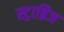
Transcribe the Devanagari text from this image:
स्ट्राब्रिज